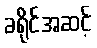
ခရိုင်အဆင့်